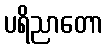
ပရိညာတော